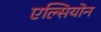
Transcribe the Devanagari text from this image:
एल्सियोन